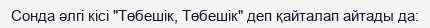
Сонда әлгі кісі "Төбешік, Төбешік" деп қайталап айтады да: